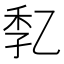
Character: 𠃷